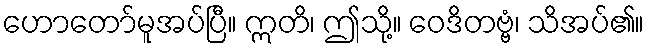
ဟောတော်မူအပ်ပြီ။ ဣတိ၊ ဤသို့။ ဝေဒိတဗ္ဗံ၊ သိအပ်၏။